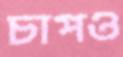
চাপও